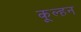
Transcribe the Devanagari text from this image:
कूल्हन